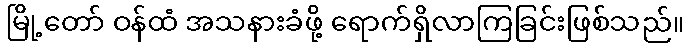
မြို့တော် ဝန်ထံ အသနားခံဖို့ ရောက်ရှိလာကြခြင်းဖြစ်သည်။